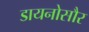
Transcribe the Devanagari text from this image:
डायनोसौर